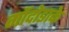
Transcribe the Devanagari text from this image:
गोंदोडाके